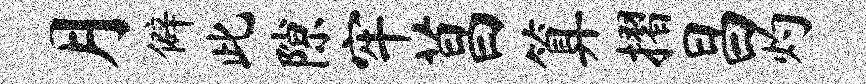
月僻此隙牢菖算摺昌灼